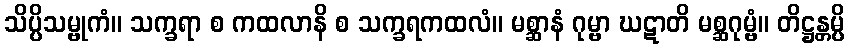
သိပ္ပိသမ္ဗုကံ။ သက္ခရာ စ ကထလာနိ စ သက္ခရကထလံ။ မစ္ဆာနံ ဂုမ္ဗာ ဃဋာတိ မစ္ဆဂုမ္ဗံ။ တိဋ္ဌန္တမ္ပိ